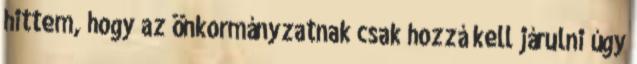
hittem, hogy az önkormányzatnak csak hozzá kell járulni úgy